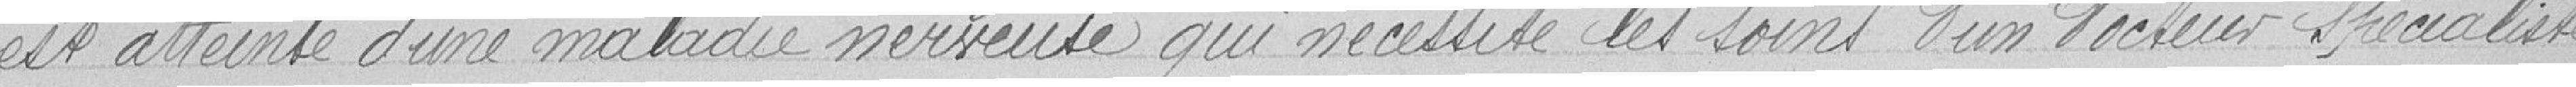
est atteinte d'une maladie nerveuse qui nécessite les soins d'un docteur spécialiste